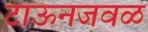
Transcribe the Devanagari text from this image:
टाऊनजवळ